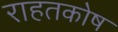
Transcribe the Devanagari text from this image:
राहतकोष